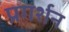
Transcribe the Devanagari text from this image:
प्रगर्शन